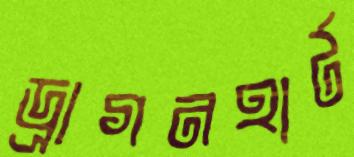
ড্রাগনহার্ট